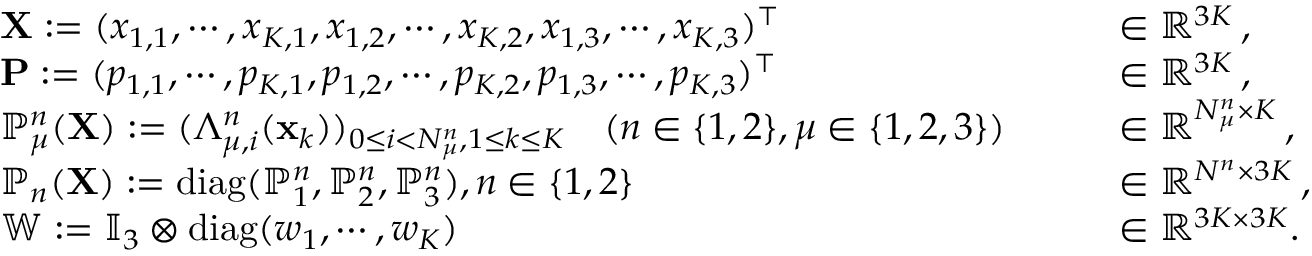
\begin{array} { r l r l } & { { \mathbf X } : = ( x _ { 1 , 1 } , \cdots , x _ { K , 1 } , x _ { 1 , 2 } , \cdots , x _ { K , 2 } , x _ { 1 , 3 } , \cdots , x _ { K , 3 } ) ^ { \top } \quad } & & { \in \mathbb { R } ^ { 3 K } \, , } \\ & { { \mathbf P } : = ( p _ { 1 , 1 } , \cdots , p _ { K , 1 } , p _ { 1 , 2 } , \cdots , p _ { K , 2 } , p _ { 1 , 3 } , \cdots , p _ { K , 3 } ) ^ { \top } \quad } & & { \in \mathbb { R } ^ { 3 K } \, , } \\ & { \mathbb { P } _ { \mu } ^ { n } ( { \mathbf X } ) : = ( \Lambda _ { \mu , i } ^ { n } ( { \mathbf x } _ { k } ) ) _ { 0 \le i < N _ { \mu } ^ { n } , 1 \le k \le K } \quad ( n \in \{ 1 , 2 \} , \mu \in \{ 1 , 2 , 3 \} ) \quad } & & { \in \mathbb { R } ^ { N _ { \mu } ^ { n } \times K } \, , } \\ & { \mathbb { P } _ { n } ( { \mathbf X } ) : = \mathrm { d i a g } ( \mathbb { P } _ { 1 } ^ { n } , \mathbb { P } _ { 2 } ^ { n } , \mathbb { P } _ { 3 } ^ { n } ) , n \in \{ 1 , 2 \} \quad } & & { \in \mathbb { R } ^ { N ^ { n } \times 3 K } \, , } \\ & { \mathbb { W } : = \mathbb { I } _ { 3 } \otimes \mathrm { d i a g } ( w _ { 1 } , \cdots , w _ { K } ) \quad } & & { \in \mathbb { R } ^ { 3 K \times 3 K } . } \end{array}